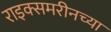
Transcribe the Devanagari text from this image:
राइक्समरीनच्या